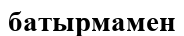
батырмамен